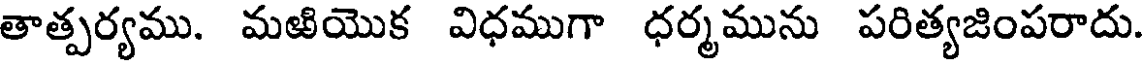
తాత్పర్యము. మఱియొక విధముగా ధర్మమును పరిత్యజింపరాదు.